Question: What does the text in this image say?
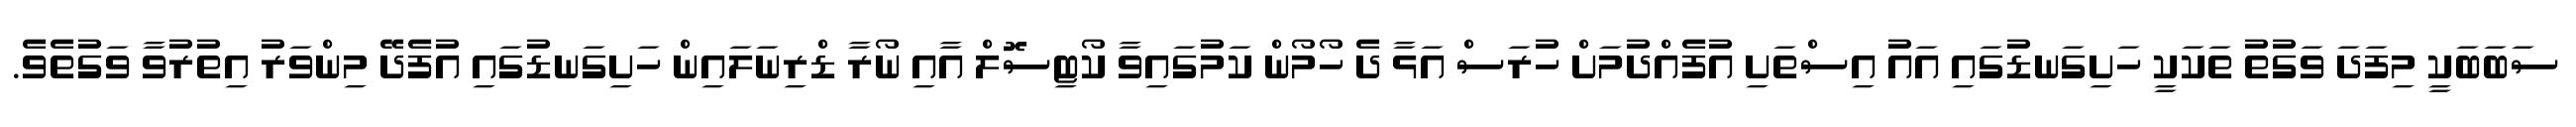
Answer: ސަބަބަކީ މިފަދަ ވަގުތު ތަކަކީ ހަށިގަނޑުގައި އައު އިސްތަށި އުފެއްދުމަށް ހުރަސް އަޅާ ދެ ހޯމޯން ކަމުގައިވާ ކޯޓިސޮލް އާއި ނޯރާ ޑްރިނަލައިން ހަށިގަނޑުގައި އުފެދޭ މިންވަރު އިތުރުވާ ވަގުތެވެ.